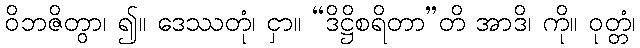
ဝိဘဇိတွာ၊ ၍။ ဒေဿတုံ၊ ငှာ။ “ဒိဋ္ဌိစရိတာ”တိ အာဒိ၊ ကို။ ဝုတ္တံ၊